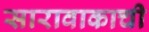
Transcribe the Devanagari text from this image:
सारावाकाची